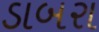
ડાબરા